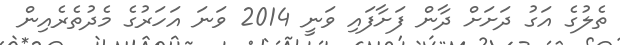
ތެލުގެ އަގު ދަށަށް ދާން ފަށާފައި ވަނީ 2014 ވަނަ އަހަރުގެ މެދުތެރެއިން